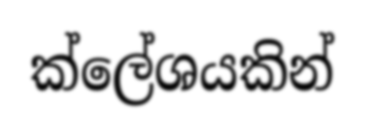
ක්ලේශයකින්